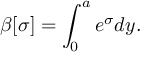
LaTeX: \beta [ \sigma ] = \int _ { 0 } ^ { a } e ^ { \sigma } d y .